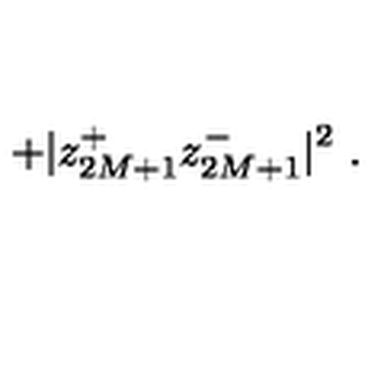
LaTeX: + | z _ { 2 M + 1 } ^ { + } z _ { 2 M + 1 } ^ { - } | ^ { 2 } \ .